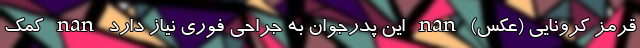
قرمز کرونایی (عکس) nan این پدرجوان به جراحی فوری نیاز دارد nan کمک